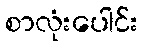
စာလုံးပေါင်း